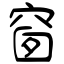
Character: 窗